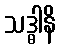
သဒ္ဓါနိ